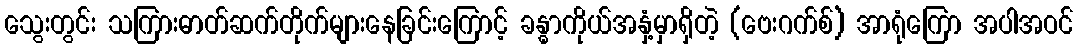
သွေးတွင်း သကြားဓာတ်ဆက်တိုက်များနေခြင်းကြောင့် ခန္ဓာကိုယ်အနှံ့မှာရှိတဲ့ (ဗေးဂက်စ်) အာရုံကြော အပါအဝင်